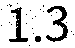
1.3